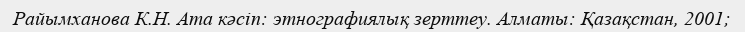
Райымханова К.Н. Ата кәсіп: этнографиялық зерттеу. Алматы: Қазақстан, 2001;